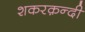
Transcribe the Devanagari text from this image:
शकरक़न्दी